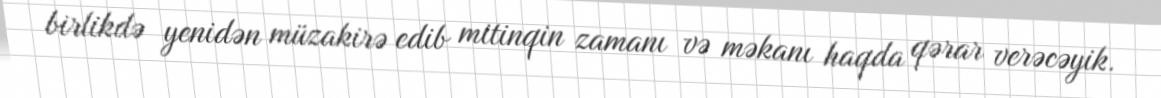
birlikdə yenidən müzakirə edib mitinqin zamanı və məkanı haqda qərar verəcəyik.